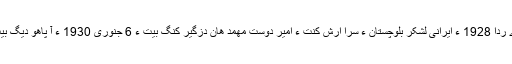
اے ردا 1928 ءَ ایرانی لشکر بلوچستان ءِ سرا ارش کنت ءُ امیر دوست مھمد ھان دزگیر کنگ بیت ءُ 6 جنوری 1930 ءَ آ پاھو دیگ بیت۔